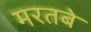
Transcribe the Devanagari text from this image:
मरतबे